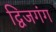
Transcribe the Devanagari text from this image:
द्विजगंग